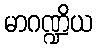
မာဂဏ္ဍိယ